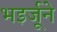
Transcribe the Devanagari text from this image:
भइर्जूने